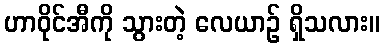
ဟာဝိုင်အီကို သွားတဲ့ လေယာဉ် ရှိသလား။